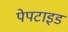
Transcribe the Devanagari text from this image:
पेपटाइड